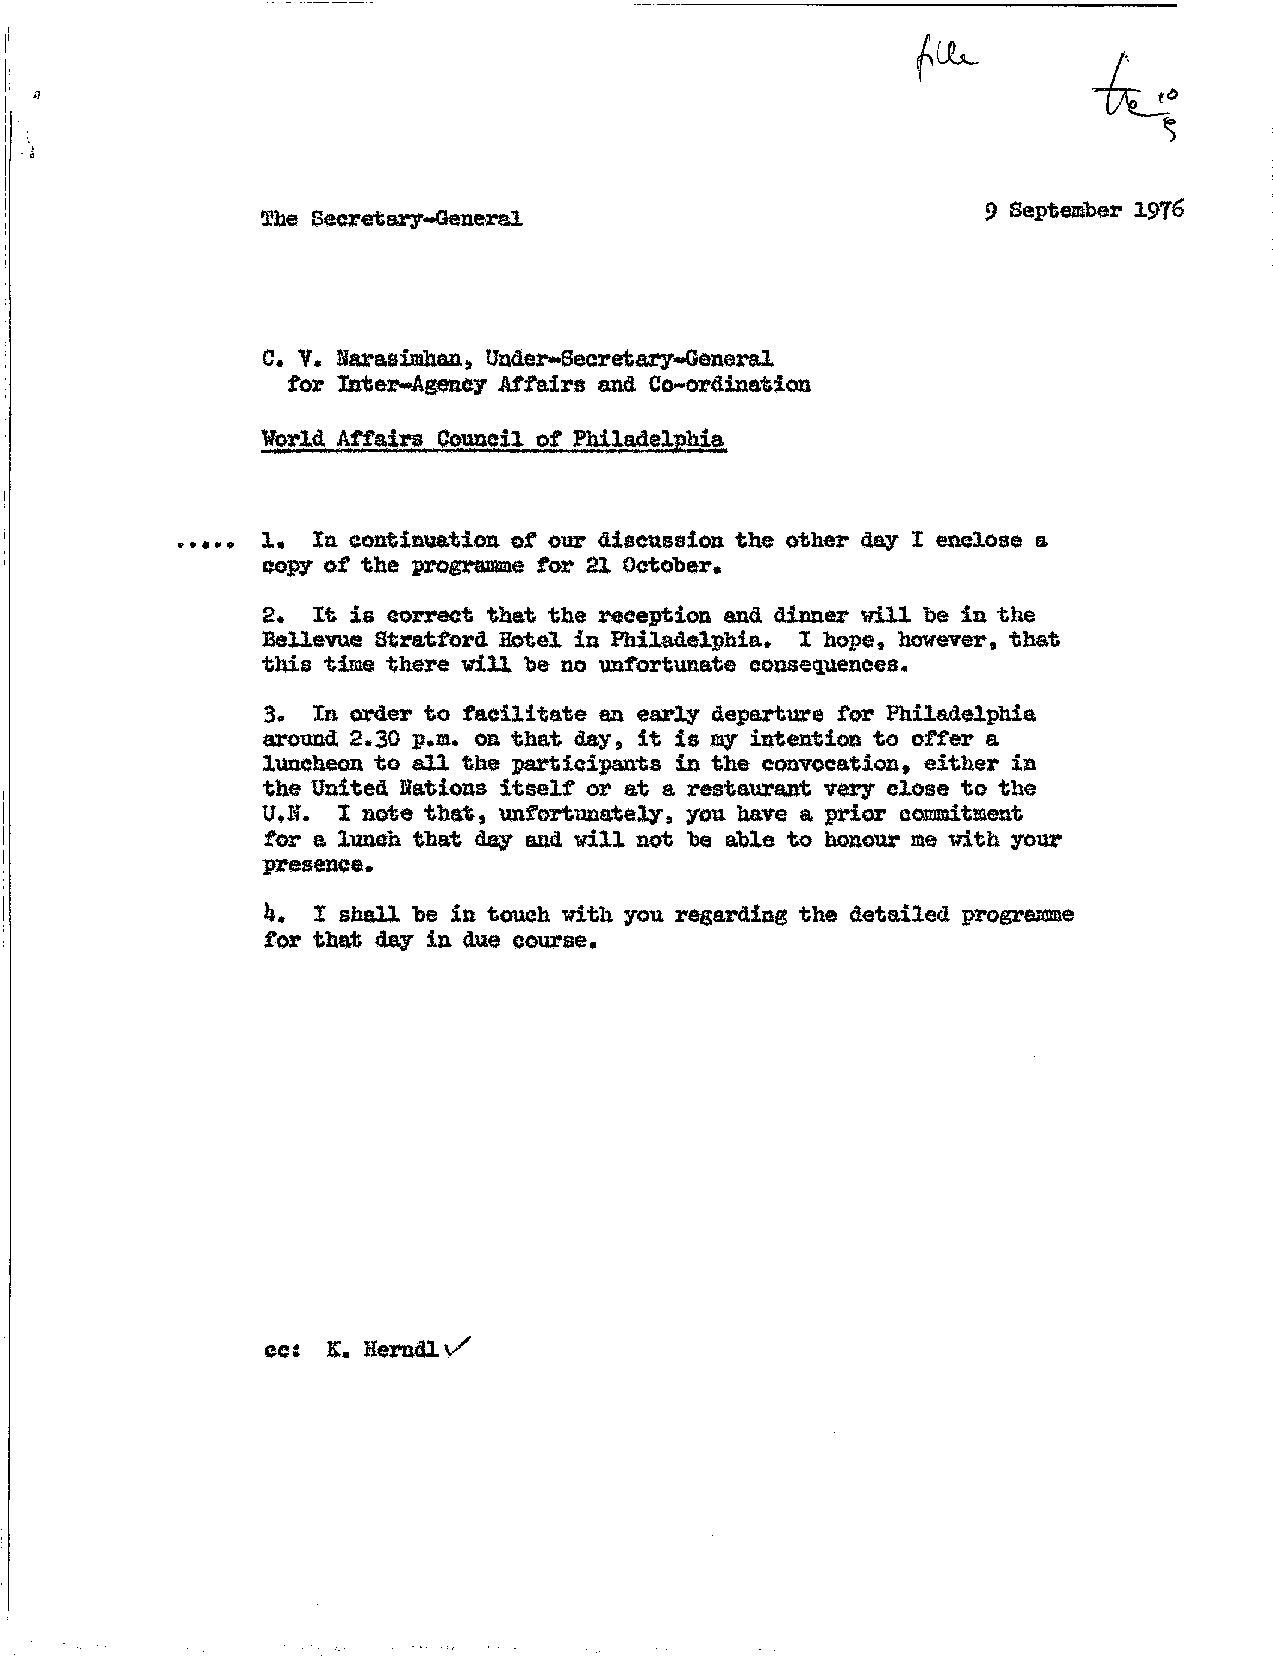
She Secretary-General                            9 September 1976
 C. V. Nsrasimhaaj Under-Secretary-General
 for Inter-Agency Affairs and Co-ordination
 Affairs Cgtmeil of Philadelphia
 1,  la continuation of our discussion the other day I enclose a
 copy of the programs for 21 October*
 E.  It is correct that the reception and, dinner will be in the
 Bellevue Stratford Hotel in Philadelphia* I hope, however, that
 this time there will be no unfortunate consequences.
 3.  In order to facilitate on early departure for Philadelphia
 around 2.30 p.m. on that day, it is my intention to offer a
 luncheon to all the participants in the convocation, either ia
 the United Nations itself or at a restaurant very close to the
 U,B.  I note that, unfortunately, you have a prior eosnBitment
 for a lunch that day and will not be able to honour me vith your
 presence.
 h,  I shall be in touch with you regarding the detailed progratome
 for that day ia due course.
 cc: £, Heradlv/